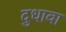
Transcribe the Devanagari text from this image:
दुधावा